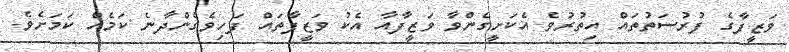
ވަޒީފާގެ ފުރުސަތުތައް އިތުރުވެ އެކަށީގެންވާ ވަޒީފާއާ އެކު ވަޒީފާތައް ފަހިވެގެންދާނެ ކަމެއް ކަމަށެވެ.